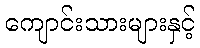
ကျောင်းသားများနှင့်